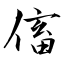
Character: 傗